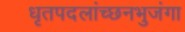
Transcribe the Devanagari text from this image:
धृतपदलांच्छनभुजंगा